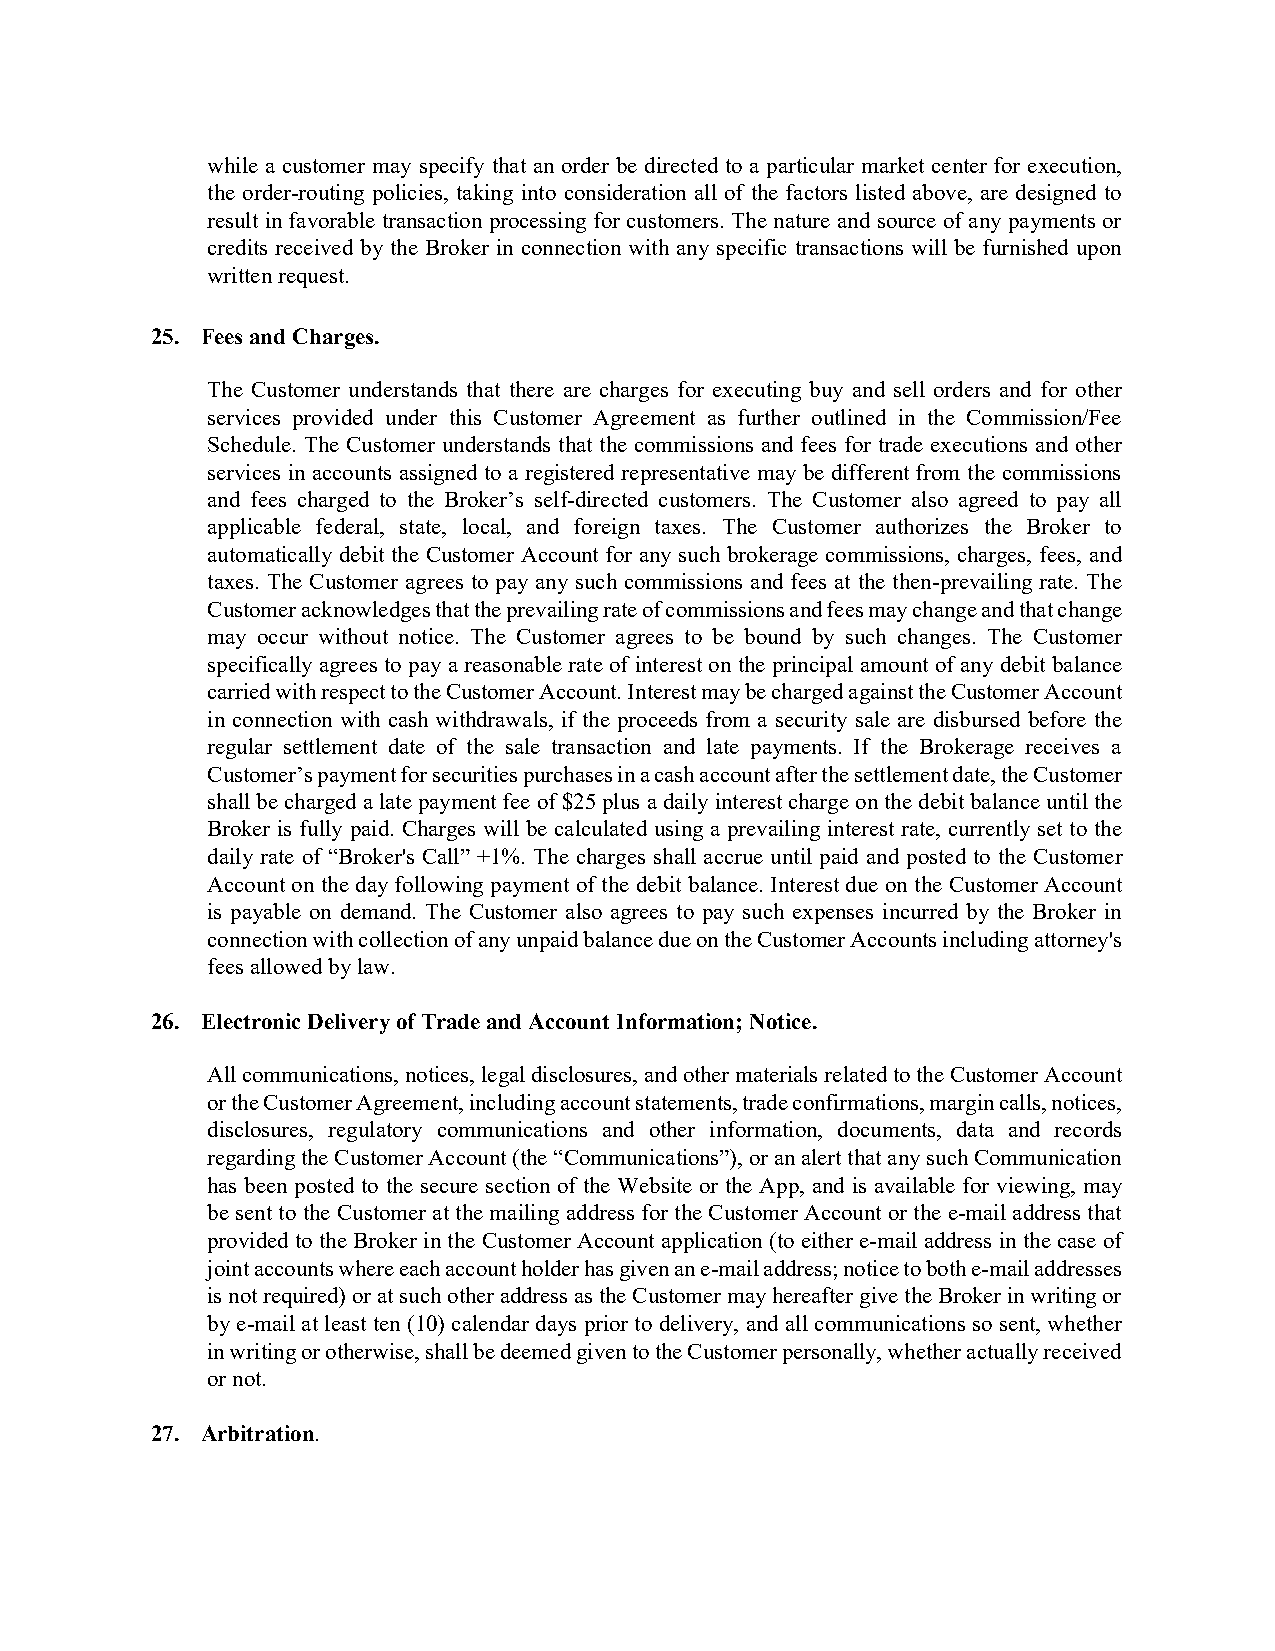
while a customer may specify that an order be directed to a particular market center for execution,
 the order-routing policies, taking into consideration all of the factors listed above, are designed to
 result in favorable transaction processing for customers. The nature and source of any payments or
 credits received by the Broker in connection with any specific transactions will be furnished upon
 written request.
 25. Fees and Charges.
 The Customer understands that there are charges for executing buy and sell orders and for other
 services provided under this Customer Agreement as further outlined in the Commission/Fee
 Schedule. The Customer understands that the commissions and fees for trade executions and other
 services in accounts assigned to a registered representative may be different from the commissions
 and fees charged to the Broker’s self-directed customers. The Customer also agreed to pay all
 applicable federal, state, local, and foreign taxes. The Customer authorizes the Broker to
 automatically debit the Customer Account for any such brokerage commissions, charges, fees, and
 taxes. The Customer agrees to pay any such commissions and fees at the then-prevailing rate. The
 Customer acknowledges that the prevailing rate of commissions and fees may change and that change
 may occur without notice. The Customer agrees to be bound by such changes. The Customer
 specifically agrees to pay a reasonable rate of interest on the principal amount of any debit balance
 carried with respect to the Customer Account. Interest may be charged against the Customer Account
 in connection with cash withdrawals, if the proceeds from a security sale are disbursed before the
 regular settlement date of the sale transaction and late payments. If the Brokerage receives a
 Customer’s payment for securities purchases in a cash account after the settlement date, the Customer
 shall be charged a late payment fee of $25 plus a daily interest charge on the debit balance until the
 Broker is fully paid. Charges will be calculated using a prevailing interest rate, currently set to the
 daily rate of “Broker's Call” +1%. The charges shall accrue until paid and posted to the Customer
 Account on the day following payment of the debit balance. Interest due on the Customer Account
 is payable on demand. The Customer also agrees to pay such expenses incurred by the Broker in
 connection with collection of any unpaid balance due on the Customer Accounts including attorney's
 fees allowed by law.
 26. Electronic Delivery of Trade and Account Information; Notice.
 All communications, notices, legal disclosures, and other materials related to the Customer Account
 or the Customer Agreement, including account statements, trade confirmations, margin calls, notices,
 disclosures, regulatory communications and other information, documents, data and records
 regarding the Customer Account (the “Communications”), or an alert that any such Communication
 has been posted to the secure section of the Website or the App, and is available for viewing, may
 be sent to the Customer at the mailing address for the Customer Account or the e-mail address that
 provided to the Broker in the Customer Account application (to either e-mail address in the case of
 joint accounts where each account holder has given an e-mail address; notice to both e-mail addresses
 is not required) or at such other address as the Customer may hereafter give the Broker in writing or
 by e-mail at least ten (10) calendar days prior to delivery, and all communications so sent, whether
 in writing or otherwise, shall be deemed given to the Customer personally, whether actually received
 or not.
 27. Arbitration.